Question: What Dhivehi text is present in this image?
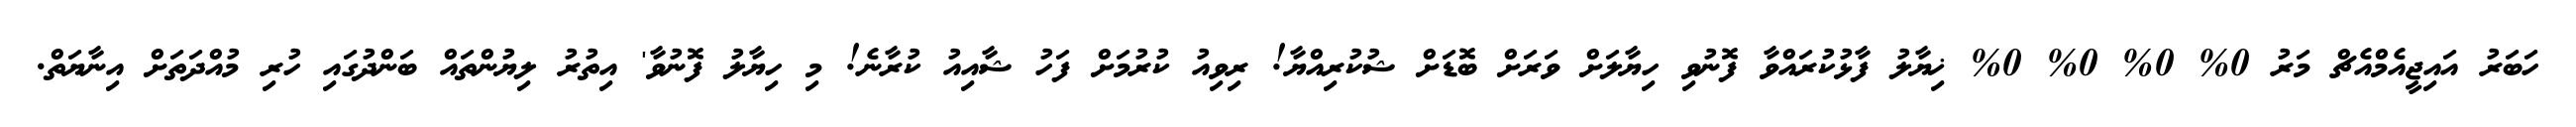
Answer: ހަބަރު އައިޖީއެމްއެޗް މަރު 0% 0% 0% 0% ޚިޔާލު ފާޅުކުރައްވާ ފޮނުވި ހިޔާލަށް ވަރަށް ބޮޑަށް ޝުކުރިއްޔާ! ރިވިއު ކުރުމަށް ފަހު ޝާއިއު ކުރާނެ! މި ހިޔާލު ފޮނުވާ' އިތުރު ލިޔުންތައް ބަންދުގައި ހުރި މުއްދަތަށް އިނާޔަތް.